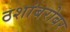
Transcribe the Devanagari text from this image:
ठशांबरोबर